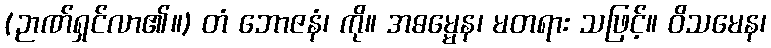
(ဉာဏ်ရှင်လာ၏။) တံ ဘောဇနံ၊ ကို။ အဓမ္မေန၊ မတရား သဖြင့်။ ဝိသမေန၊